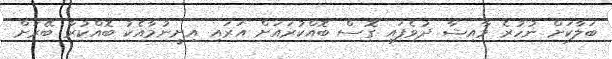
ބަލާކަށް ނުހުރެ މާއިޝާ ދުވެފައި ގޮސް ބޮއްކުރައަށް އަރައި އިށީނުމާއެކު ބޮއްކުރާ ބޭރަށް